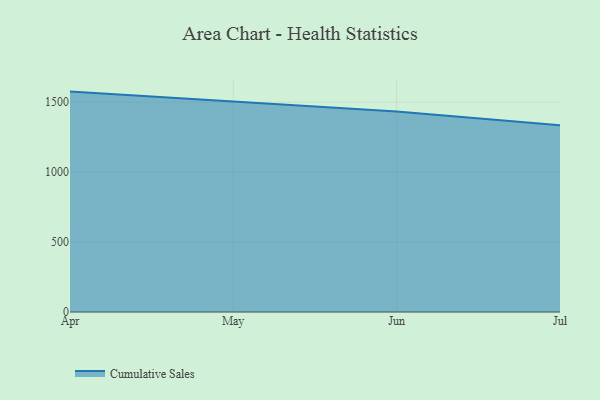
{"axis": {"x": "Month", "y": "Website Visitors"}, "legend": ["Cumulative Sales"], "data": [{"x": "Apr", "y": 1576.3, "type": "Cumulative Sales"}, {"x": "May", "y": 1502.9, "type": "Cumulative Sales"}, {"x": "Jun", "y": 1433.9, "type": "Cumulative Sales"}, {"x": "Jul", "y": 1336.0, "type": "Cumulative Sales"}]}